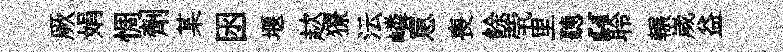
厥娟惆劑某囦堰趑獠沄嶙罳喪餘茕里聽“聆輾嵗益